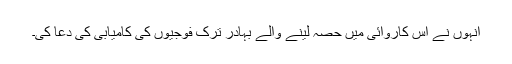
انہوں نے اس کاروائی میں حصہ لینے والے بہادر ترک فوجیوں کی کامیابی کی دعا کی۔